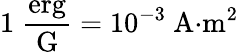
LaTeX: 1\; {\frac{\mathrm{erg}}{\mathrm{G}}}=10^{-3}{\mathrm{~A}}{\cdot}{\mathrm{m}}^{2}